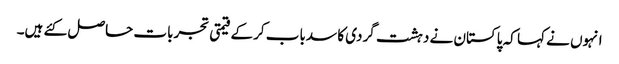
انہوں نے کہا کہ پاکستان نے دہشت گردی کا سدباب کرکے قیمتی تجربات حاصل کئے ہیں۔